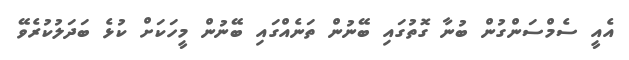
އެއީ ސެމްސަންގުން ބުނާ ގޮތުގައި ބޭނުން ތަނެއްގައި ބޭނުން މީހަކަށް ކުޅެ ބަދަލުކުރެވޭ